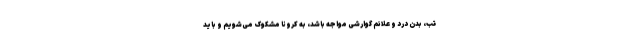
تب، بدن درد و علائم گوارشی مواجه باشد، به کرونا مشکوک می‌شویم و باید